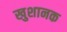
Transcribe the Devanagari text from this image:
खुशानक